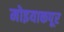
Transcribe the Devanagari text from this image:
मोइयाकपूर